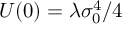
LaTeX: U ( 0 ) = \lambda \sigma _ { 0 } ^ { 4 } / 4